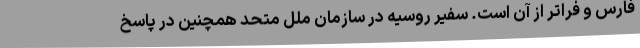
فارس و فراتر از آن است. سفیر روسیه در سازمان ملل متحد همچنین در پاسخ